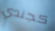
كجندي